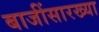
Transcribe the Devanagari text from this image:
बाजींसारख्या